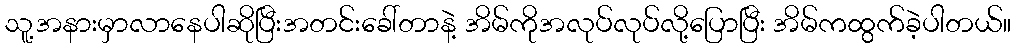
သူ့အနားမှာလာနေပါဆိုပြီးအတင်းခေါ်တာနဲ့ အိမ်ကိုအလုပ်လုပ်လို့ပြောပြီး အိမ်ကထွက်ခဲ့ပါတယ်။